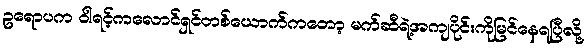
ဥရောပက ဝါရင့်ကလောင်ရှင်တစ်ယောက်ကတော့ မက်ဆီရဲ့အကျပိုင်းကိုမြင်နေရပြီလို့